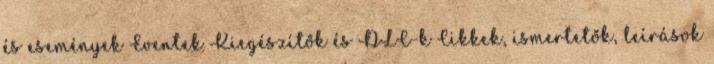
és események Eventek Kiegészítők és DLC-k Cikkek, ismertetők, leírások